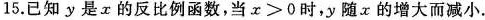
15.已知y是x的反比例函数，当$$x > 0$$时，y随x的增大而减小。